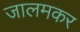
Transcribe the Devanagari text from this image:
जालमकर